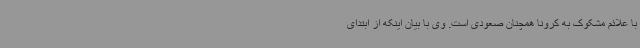
با علائم مشکوک به کرونا همچنان صعودی است. وی با بیان اینکه از ابتدای